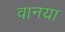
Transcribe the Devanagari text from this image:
वानया